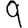
Digit: 9